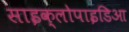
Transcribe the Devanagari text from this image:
साइक्लोपाइडिआ